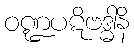
ဝဏ္ဍပဋိဗဒ္ဓါနိ